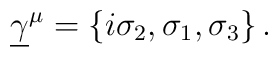
\underline{\gamma}^\mu=\{ i\sigma_2,\sigma_1,\sigma_3\}\,.